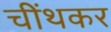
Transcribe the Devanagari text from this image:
चींथकर